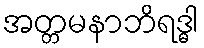
အတ္တမနာဘိရဒ္ဓါ